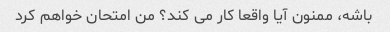
باشه، ممنون آیا واقعا کار می کند؟ من امتحان خواهم کرد